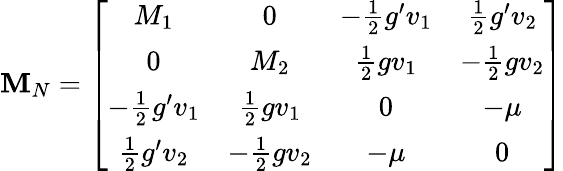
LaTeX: {\mathbf M}_{N}=\left[\begin{array}{cccc}{{M_{1}}}&{{0}}&{{-\frac 12g^{\prime}v_{1}}}&{{\frac 12g^{\prime}v_{2}}}\\ {{0}}&{{M_{2}}}&{{\frac 12gv_{1}}}&{{-\frac 12gv_{2}}}\\ {{-\frac 12g^{\prime}v_{1}}}&{{\frac 12gv_{1}}}&{{0}}&{{-\mu}}\\ {{\frac 12g^{\prime}v_{2}}}&{{-\frac 12gv_{2}}}&{{-\mu}}&{{0}}\end{array}\right]